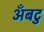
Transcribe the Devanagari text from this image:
अँबटु